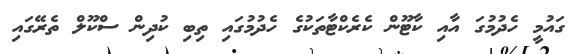
ގައުމީ ހެދުމުގަ އާއި ކާޓޫން ކެރެކްޓާތަކުގެ ހެދުމުގައި ތިބި ކުދިން ސްކޫލް ތެރޭގައި